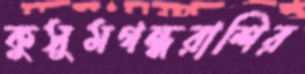
কুসুমগন্ধরাশির